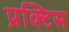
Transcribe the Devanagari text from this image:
प्रक्‍टिस